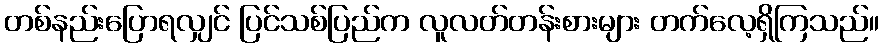
တစ်နည်းပြောရလျှင် ပြင်သစ်ပြည်က လူလတ်တန်းစားများ တက်လေ့ရှိကြသည်။